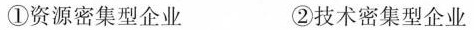
①资源密集型企业 ②技术密集型企业